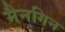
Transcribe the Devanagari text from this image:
मैनगिन